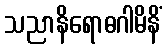
သညာနိရောဓဂါမိနိံ